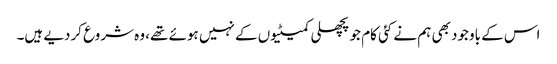
اس کے باوجود بھی ہم نے کئی کام جو پچھلی کمیٹیوں کے نہیں ہوئے تھے، وہ شروع کردیے ہیں۔